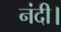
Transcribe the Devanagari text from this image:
नंदी।